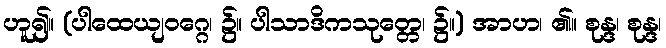
ဟူ၍။ (ပါထေယျဝဂ္ဂေ၊ ၌။ ပါသာဒိကသုတ္တေ၊ ၌။) အာဟ၊ ၏။ စုန္ဒ၊ စုန္ဒ၊